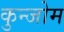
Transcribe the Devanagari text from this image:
कुन्जोम